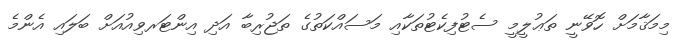
މިމަޤާމަށް ހޮވޭނީ ތަޢުލީމީ ސެޓުފިކެޓުތަކާއި މަސައްކަތުގެ ތަޖުރިބާ އަދި އިންޓަރވިއުއަށް ބަލައިި އެންމެ